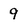
Character: 9